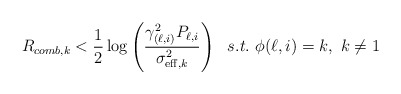
\begin{align*}R_{comb,k}<\frac{1}{2}\log\left(\frac{\gamma_{(\ell,i)}^2P_{\ell,i}}{\sigma^2_{\mathrm{eff},k}}\right)~~s.t.~\phi(\ell,i)=k,~k \neq 1\end{align*}